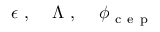
\epsilon \mathrm { ~ , ~ } \quad \Lambda \mathrm { ~ , ~ } \quad \phi _ { \mathrm { ~ c ~ e ~ p ~ } }